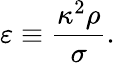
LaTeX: \varepsilon\equiv\frac{\kappa^{2}\rho}{\sigma}.